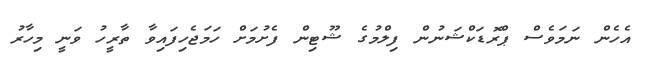
އެހެން ނަމަވެސް ޕްރޮޑަކްޝަނުން ފިލްމުގެ ޝޫޓިން ފެށުމަށް ހަމަޖެހިފައިވާ ތާރީހު ވަނީ މިހާރު